Problem: 3 × 4 = ?
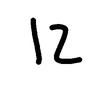
Handwritten answer: 12